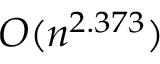
O ( n ^ { 2 . 3 7 3 } )